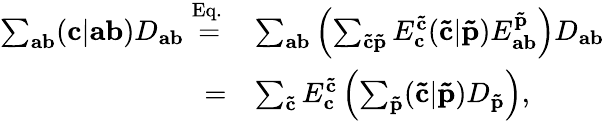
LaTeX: \begin{array}{rl}{\sum_{\mathbf{ab}}(\mathbf{c}|\mathbf{a}\mathbf{b})D_{\mathbf{ab}}\overset{\mathrm{Eq.\, }}{=}}&{\sum_{\mathbf{ab}}\left(\sum_{\mathbf{\tilde{c}\tilde{p}}}E_{\mathbf{c}}^{\mathbf{\tilde{c}}}(\mathbf{\tilde{c}}|\mathbf{\tilde{p}})E_{\mathbf{ab}}^{\mathbf{\tilde{p}}}\right)D_{\mathbf{ab}}}\\ {=}&{\sum_{\mathbf{\tilde{c}}}E_{\mathbf{c}}^{\mathbf{\tilde{c}}}\left(\sum_{\mathbf{\tilde{p}}}(\mathbf{\tilde{c}}|\mathbf{\tilde{p}})D_{\mathbf{\tilde{p}}}\right),}\end{array}